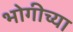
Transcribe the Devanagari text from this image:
भोगीच्या